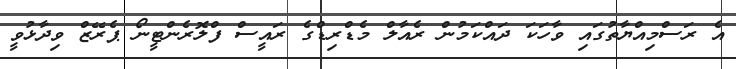
އެ ރަސްމިއްޔާތުގައި ވާހަކަ ދައްކަމުން ރެއާލް މެޑްރިޑްގެ ރައީސް ފްލޮރެންޓީނޯ ޕެރޭޒް ވިދާޅުވީ